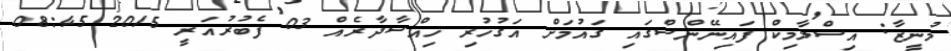
މުނީޒާ: އިސްލާމިކް ފައިނޭންސްގައި ގައުމަށް އަގުހުރި ހިއްސާދާރެއް 03 ފެބުރުއަރީ 2015 08:45